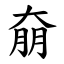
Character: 奟